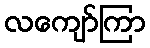
လကျော်ကြာ